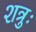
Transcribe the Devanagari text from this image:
शत्रुः